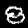
Label: 8